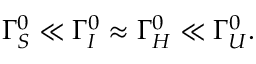
\Gamma _ { S } ^ { 0 } \ll \Gamma _ { I } ^ { 0 } \approx \Gamma _ { H } ^ { 0 } \ll \Gamma _ { U } ^ { 0 } .